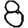
Digit: 8